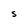
Character: S